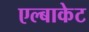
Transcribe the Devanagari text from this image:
एल्बाकेट